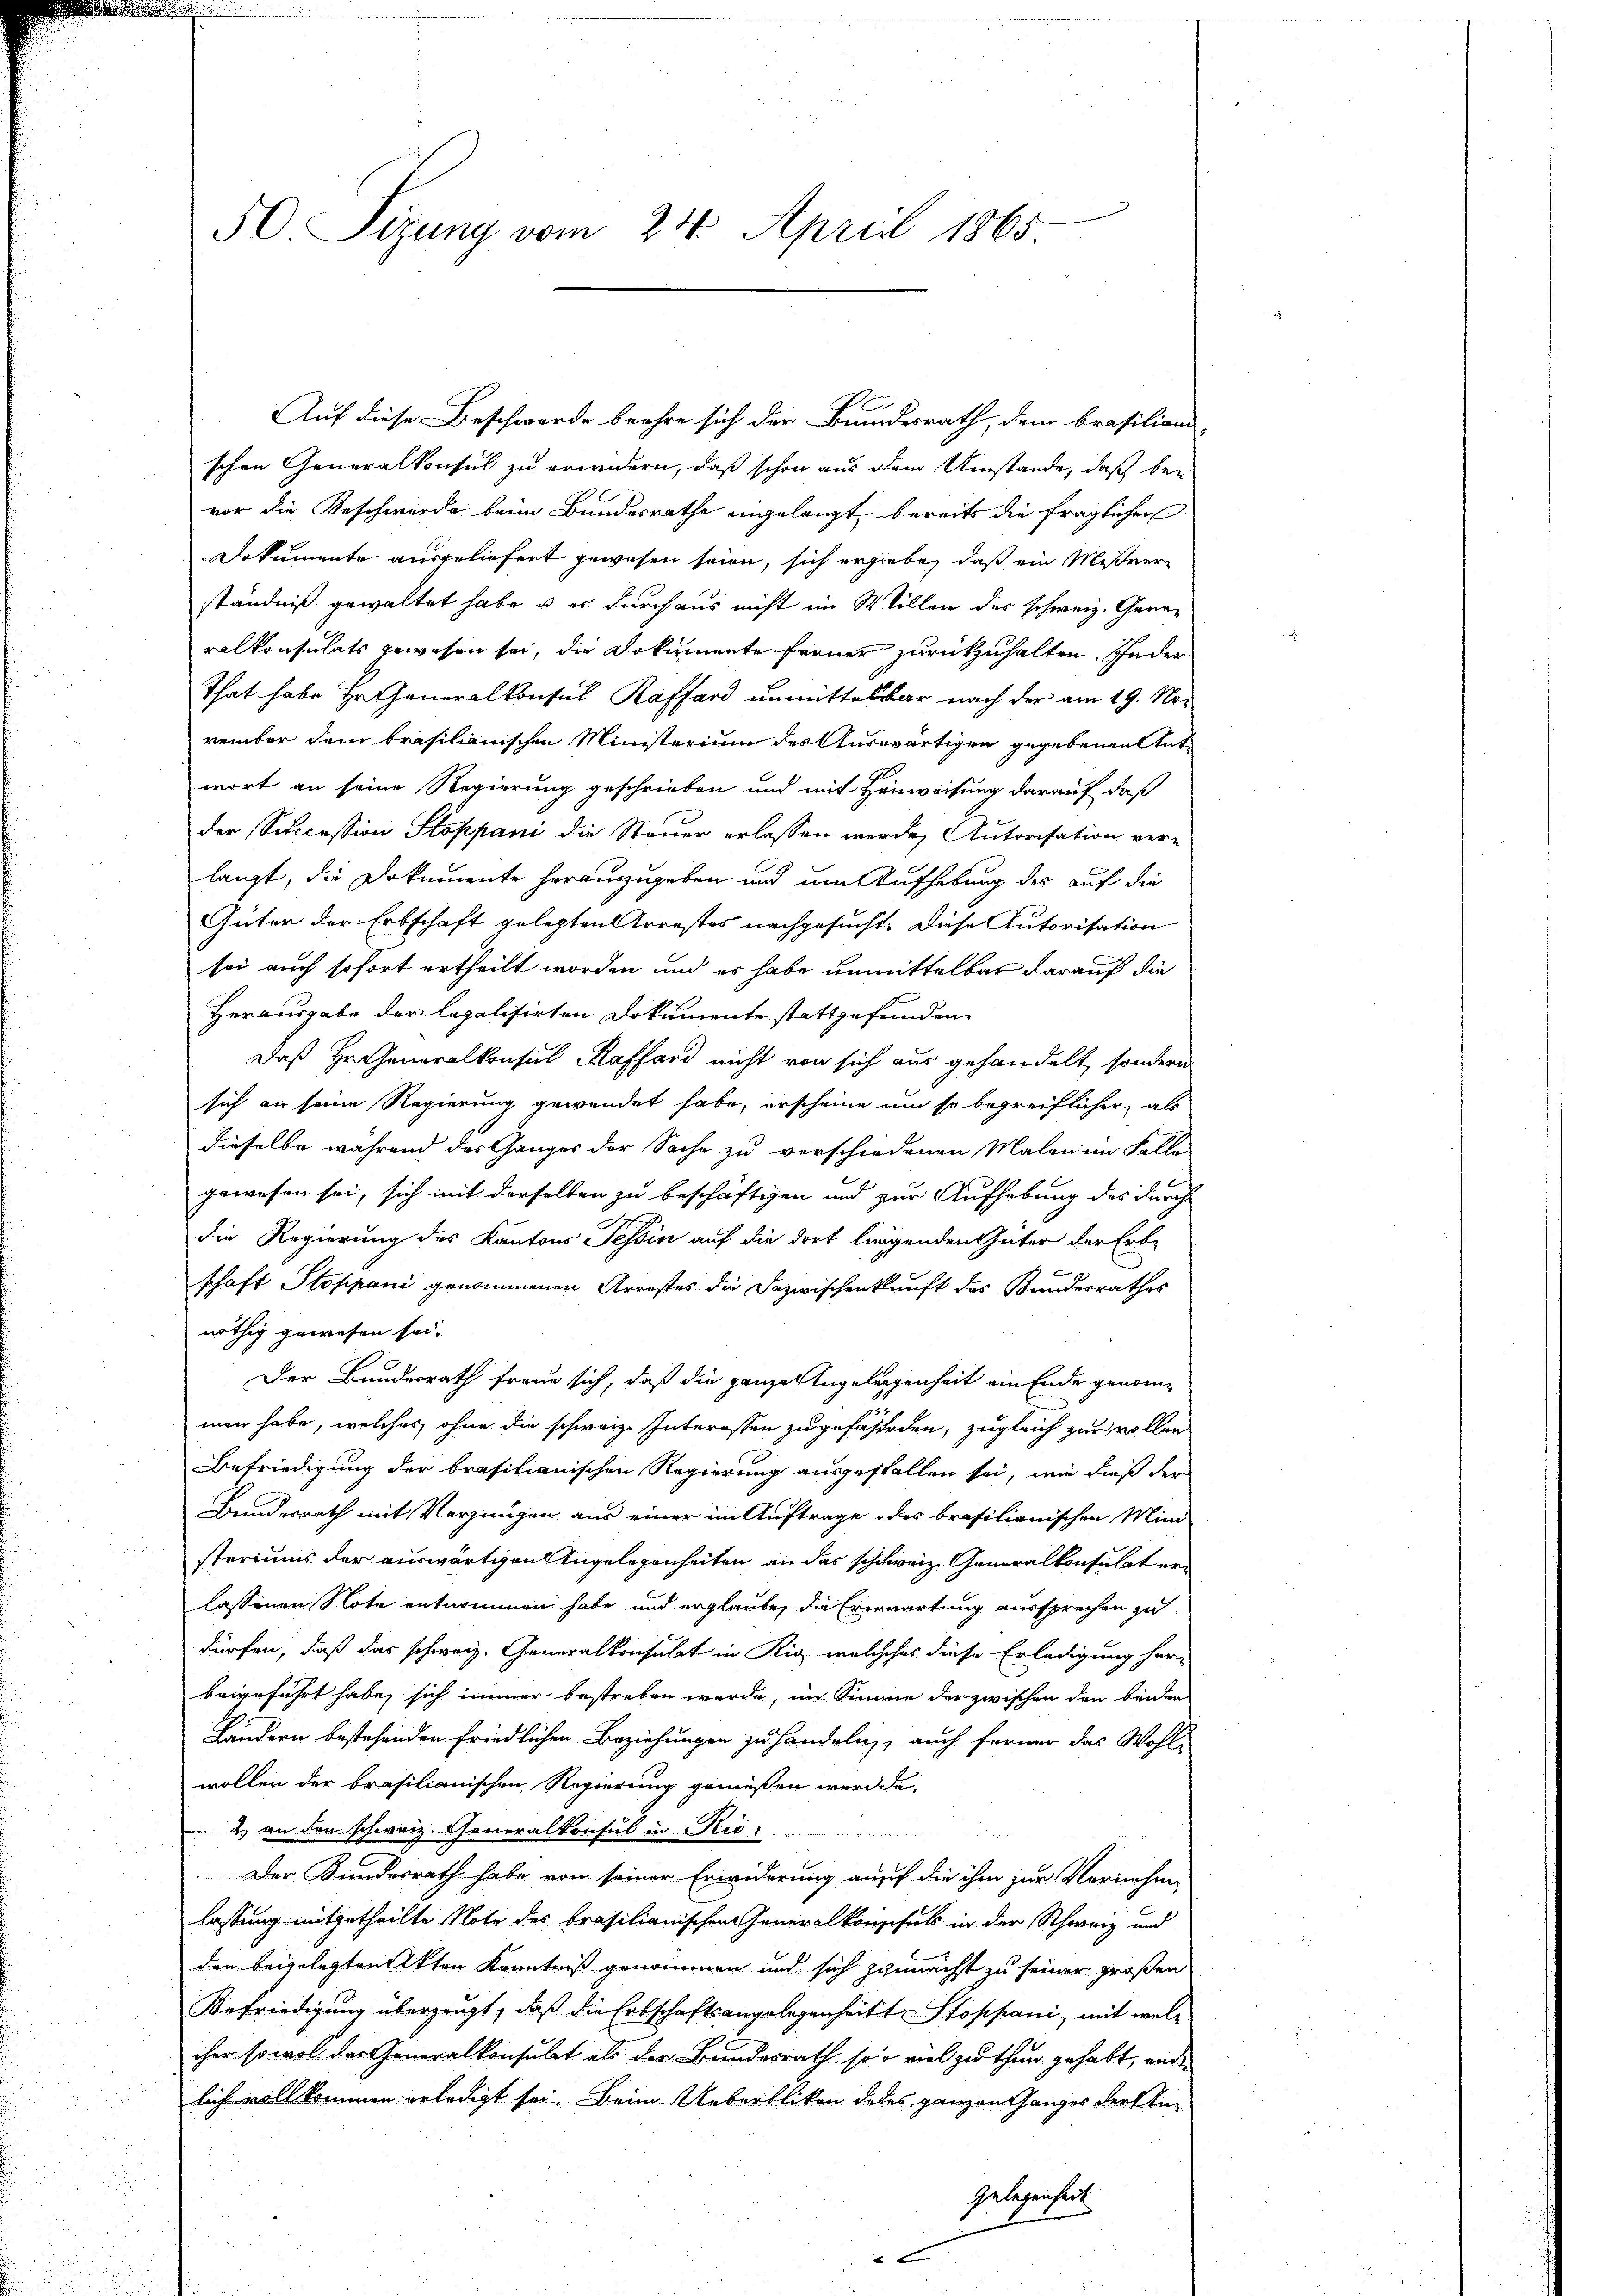
50. Sizung vom 24. April 1865

Auf diese Beschwerde beehre sich der Bundesrath, dem Brasiliand-
schen Generalkonsul zu erwidern, daß schon aus dem Umstände, daß bevor die Beschwerde beim Bundesrathe angelangt bereits die fraglichen
Dokumente ausgeliefert gewesen seien, sich ergiebe, daß ein Meßner
ständniß gewaltet habe u er durchaus nicht im Willen der schweiz. Gernralkonsulats gewesen sei, die Dokumente ferner zurückzuhalten. Jeder
That habe Hr. Generalkonsul Raffard unmittelbar nach der am 19. Nor
vember dem trasilianischen Ministerium des Auswärtigen gegebenen Antwort an seine Regierung geschrieben und mit Hinweisung darauf, daß
der Succession Stoppani die Steuer erlassen werde, Autorisation ver-
langt, die Dokumente herauszugeben und um Aufhebung des auf die
Güter der Erbschaft gelegten Arrestes nachgesucht. Diese Autorisation
sei auch sofort ertheilt worden und es habe unmittelbar darauf die
Herausgabe der legalisirten Dokumente stattgefunden.
Daß Hr. Generalkonsul Kaffend nicht von sich aus gehandelt, sondern
sich an seine Regierung gewendet habe, erscheine um so begreiflicher, als
dieselbe während das Ganges der Sache zu verschiedenen Malen im Falle
gewesen sei, sich mit derselben zu beschäftigen und zur Aufhebung des durch
die Regierung des Kantons Tessin auf die dort liegenden Güter der Erb-
.
schaft Stoppani genommenen Arrestes die Dazwischenkunft des Kundesrathes
nöthig gewesen sei.
Der Bundesrath fraue sich, daß die ganze Angelegenheit ein Ende genommen habe, welches ohne die schweiz. Interessen zugefahreden, zugleich zur vollen
Befriedigung der brasilianischen Regierung ausgeffallen sei, wie dieß der
Bundesrath mit Vergnügen aus einer im Auftrage des brasilianischen Mini-
steriums der auswärtigen Angelegenheiten an das schweiz. Generalkonsulat erlassenen Note entnommen habe und erglaube, die Erwartung aussprechen zu
dürfen, daß das schweiz. Generalkonsulat in Rig, welchehes diese Erledigung her-
beigeführt habe, sich immer bestreben werde, im Sinne der zwischen den beiden
Ländern bestehenden friedlichen Beziehungen zu handeln, auch ferner das Wohl-
wollen der brasilianischen Regierung gemeßen werden.
2. an den schweiz. Generalkonsul in Risi
Der Bundesrath habe von seiner Erwiderung auf die ihm zur Vernehme
lassung mitgetheilte Note des brasilianischen Generalkonsuls in der Schweiz und
den beigelegten Akten Kenntniß genommen und sich zunächst zu seiner großen
Befriedigung überzeugt, daß die Erbschaftsangelegenheitt Stoppani, mit welcher sowol der Generalkonsulat als der Bundesrath soo viel zu thun gehabt, und
lich vollkommen erledigt sei. Beim Ueberlikon deses ganzen Ganges derstin¬
Gelegenheit